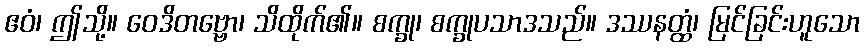
ဧဝံ၊ ဤသို့။ ဝေဒိတဗ္ဗော၊ သိထိုက်၏။ စက္ခု၊ စက္ခုပသာဒသည်။ ဒဿနတ္ထံ၊ မြင်ခြင်းဟူသော